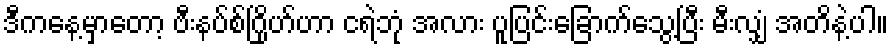
ဒီကနေ့မှာတော့ ဗီးနပ်စ်ဂြိုဟ်ဟာ ငရဲဘုံ အလား ပူပြင်းခြောက်သွေ့ပြီး မီးလျှံ အတိနဲ့ပါ။